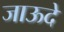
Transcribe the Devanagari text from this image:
जाऊदे